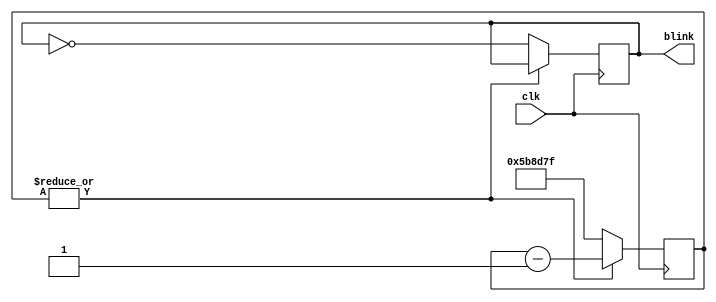
/**********************************************************************
 * DO WHAT THE FUCK YOU WANT TO AND DON'T BLAME US PUBLIC LICENSE     *
 *                    Version 3, April 2008                           *
 *                                                                    *
 * Copyright (C) 2018 Luke Wren                                       *
 *                                                                    *
 * Everyone is permitted to copy and distribute verbatim or modified  *
 * copies of this license document and accompanying software, and     *
 * changing either is allowed.                                        *
 *                                                                    *
 *   TERMS AND CONDITIONS FOR COPYING, DISTRIBUTION AND MODIFICATION  *
 *                                                                    *
 * 0. You just DO WHAT THE FUCK YOU WANT TO.                          *
 * 1. We're NOT RESPONSIBLE WHEN IT DOESN'T FUCKING WORK.             *
 *                                                                    *
 *********************************************************************/

// FPGA heartbeat light
// (hence lack of reset!)

module blinky #(
	parameter CLK_HZ = 12_000_000,
	parameter BLINK_HZ = 1,
	parameter FANCY = 0
) (
	input wire clk,
	output wire blink
);

localparam COUNT = CLK_HZ / BLINK_HZ / 2;
parameter W_CTR = $clog2(COUNT);
reg [W_CTR-1:0] ctr = {W_CTR{1'b0}};

reg blink_r = 1'b0;
assign blink = blink_r;

generate
if (FANCY) begin: breathe
	localparam W_ACCUM = W_CTR > 8 ? 8 : W_CTR;

	reg rising = 1'b1;
	reg [W_ACCUM-1:0] accum = {W_ACCUM{1'b0}};

	wire [W_CTR-1:0] ctr_next = rising ? ctr + 1'b1 : ctr - 1'b1;
	wire [W_ACCUM-1:0] brightness_linear = ctr[W_CTR-1 -: W_ACCUM];
	wire [2*W_ACCUM-1:0] brightness_sq = brightness_linear * brightness_linear;

	always @ (posedge clk) begin
		ctr <= ctr_next;
		if (rising && ctr_next == COUNT - 1)
			rising <= 1'b0;
		else if (!rising && ctr_next == 0)
			rising <= 1'b1;
		{blink_r, accum} <= accum + brightness_sq[W_ACCUM +: W_ACCUM];
	end
end else begin: flash
	always @ (posedge clk) begin
		if (|ctr) begin
			ctr <= ctr - 1'b1;
		end else begin
			ctr <= COUNT - 1;
			blink_r <= !blink_r;
		end
	end
end
endgenerate

endmodule